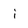
Character: i